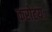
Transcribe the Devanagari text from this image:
करोटयः